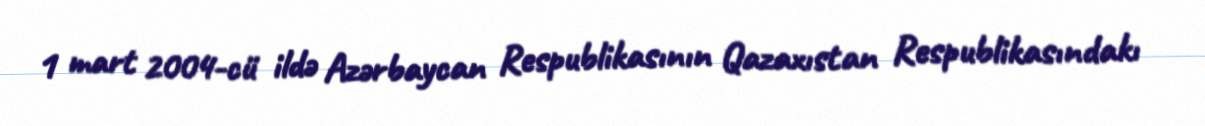
1 mart 2004-cü ildə Azərbaycan Respublikasının Qazaxıstan Respublikasındakı